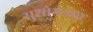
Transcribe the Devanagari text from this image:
सुशोभनात